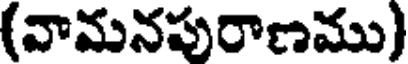
(వామనపురాణము)